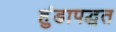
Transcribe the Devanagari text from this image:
हुंडापद्धत